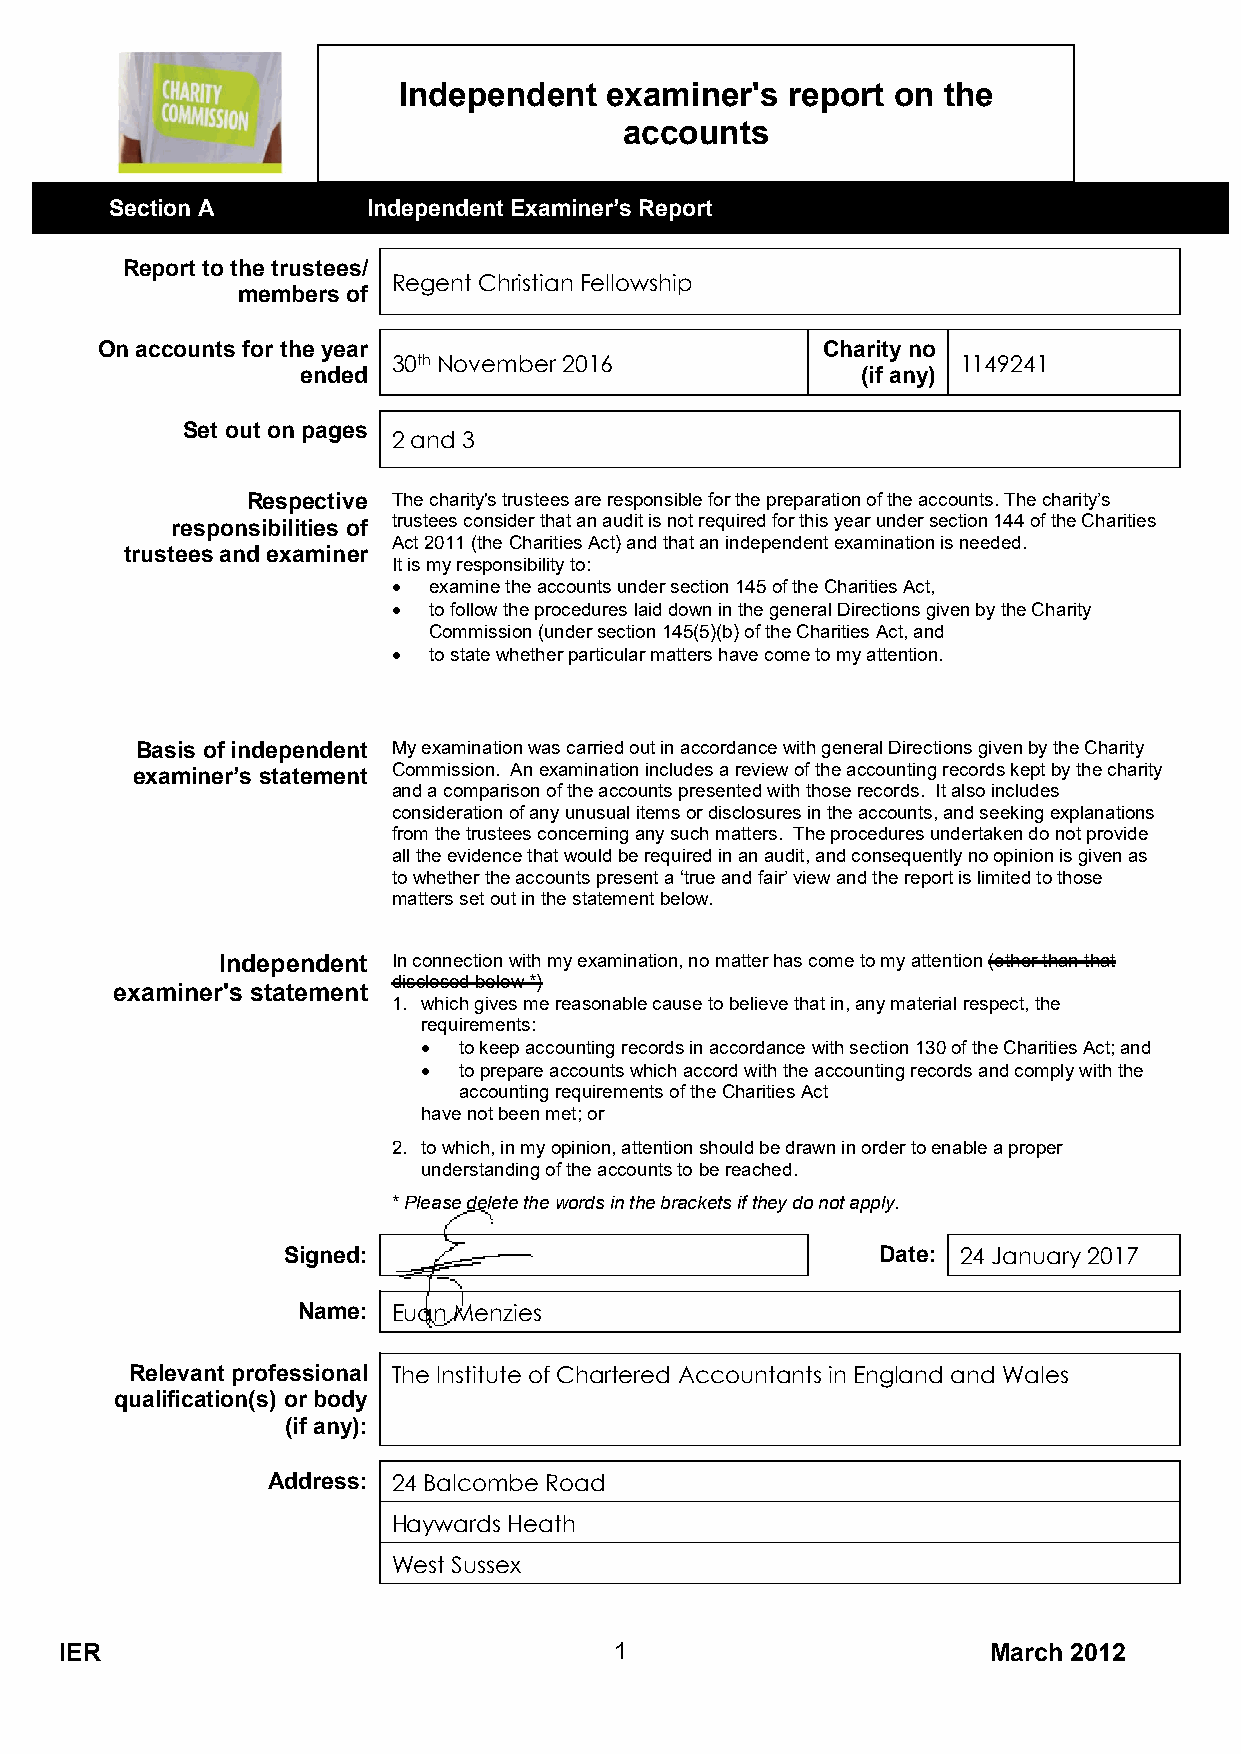
Independent   examiner's  report on the
 accounts
 Section A        Independent Examiner’s Report
 Report to the trustees/
 Regent Christian Fellowship
 members of
 On accounts for the year                        Charity no
 30th November 2016                   1149241
 ended                                (if any)
 Set out on pages
 2 and 3
 Respective The charity's trustees are responsible for the preparation of the accounts. The charity’s
 responsibilities of trustees consider that an audit is not required for this year under section 144 of the Charities
 Act 2011 (the Charities Act) and that an independent examination is needed.
 trustees and examiner
 It is my responsibility to:
  examine the accounts under section 145 of the Charities Act,
  to follow the procedures laid down in the general Directions given by the Charity
 Commission (under section 145(5)(b) of the Charities Act, and
  to state whether particular matters have come to my attention.
 Basis of independent My examination was carried out in accordance with general Directions given by the Charity
 examiner’s statement Commission. An examination includes a review of the accounting records kept by the charity
 and a comparison of the accounts presented with those records. It also includes
 consideration of any unusual items or disclosures in the accounts, and seeking explanations
 from the trustees concerning any such matters. The procedures undertaken do not provide
 all the evidence that would be required in an audit, and consequently no opinion is given as
 to whether the accounts present a ‘true and fair’ view and the report is limited to those
 matters set out in the statement below.
 Independent In connection with my examination, no matter has come to my attention (other than that
 disclosed below *)
 examiner's statement
 1. which gives me reasonable cause to believe that in, any material respect, the
 requirements:
  to keep accounting records in accordance with section 130 of the Charities Act; and
  to prepare accounts which accord with the accounting records and comply with the
 accounting requirements of the Charities Act
 have not been met; or
 2. to which, in my opinion, attention should be drawn in order to enable a proper
 understanding of the accounts to be reached.
 * Please delete the words in the brackets if they do not apply.
 Signed:                                Date: 24 January 2017
 Name: Euan Menzies
 Relevant professional The Institute of Chartered Accountants in England and Wales
 qualification(s) or body
 (if any):
 Address: 24 Balcombe Road
 Haywards Heath
 West Sussex
 IER                                  1                       March 2012